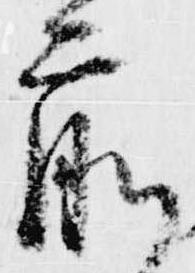
前